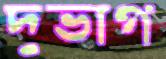
দুভাগ